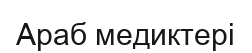
Араб медиктері